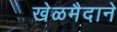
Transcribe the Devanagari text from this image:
खेळमैदाने